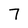
Character: 7